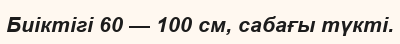
Биіктігі 60 — 100 см, сабағы түкті.